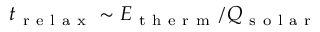
t _ { \mathrm { ~ r ~ e ~ l ~ a ~ x ~ } } \sim E _ { \mathrm { ~ t ~ h ~ e ~ r ~ m ~ } } / Q _ { \mathrm { ~ s ~ o ~ l ~ a ~ r ~ } }